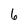
Character: 6